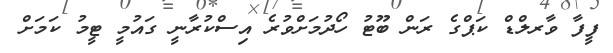
ފީފާ ވާރލްޑް ކަޕްގެ ރަން ބޫޓު ހޯދުމަށްވުރެ އިސްކުރާނީ ގައުމީ ޓީމު ކަމަށް